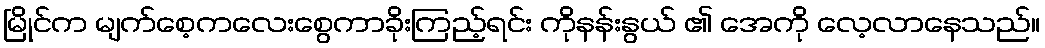
မြိုင်က မျက်စေ့ကလေးစွေကာခိုးကြည့်ရင်း ကိုနန်းနွယ် ၏ အေကို လေ့လာနေသည်။